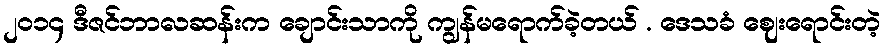
၂၀၁၄ ဒီဇင်ဘာလဆန်းက ချောင်းသာကို ကျွန်မရောက်ခဲ့တယ် . ဒေသခံ ဈေးရောင်းတဲ့